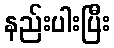
နည်းပါးပြီး